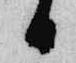
日